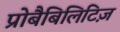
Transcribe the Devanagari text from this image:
प्रोबैबिलिटिज़